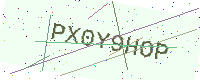
Text: PX0Y9HOP